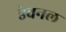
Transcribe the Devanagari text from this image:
डेवनल